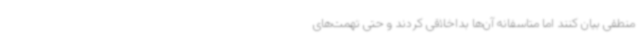
منطقی بیان کنند اما متاسفانه آن‌ها بداخلاقی کردند و حتی تهمت‌های